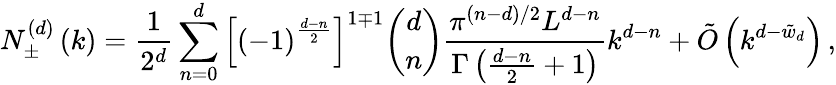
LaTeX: N_{\pm}^{\left(d\right)}\left(k\right)=\frac{1}{2^{d}}\sum_{n=0}^{d}\left[\left(-1\right)^{\frac{d-n}{2}}\right]^{1\mp 1}{\binom{d}{n}\frac{\pi^{(n-d)/2}L^{d-n}}{\Gamma\left(\frac{d-n}{2}+1\right)}k^{d-n}}+\tilde{O}\left(k^{d-\tilde{w}_{d}}\right)\, ,